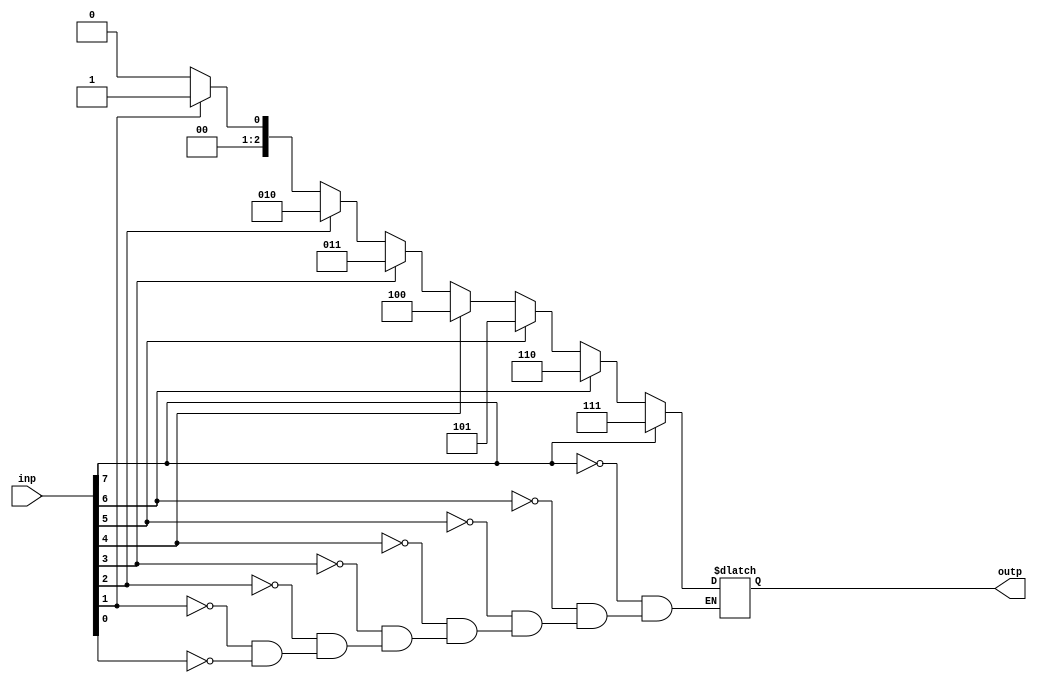
module encoder(outp,inp);
    input [7:0] inp;
    output [2:0] outp;
    reg [2:0] outp;
    integer i;
    always @(inp)
    begin
        for(i=0;i<8;i=i+1)
        begin
           if(inp[i]==1)
            begin
                outp = i;
            end
        end
      end
endmodule

module ALU(outp,A,B,opcode);
    input [2:0] opcode;
    input [3:0] A,B;
    output [3:0] outp;
    reg [3:0] outp;
    /*
     *  ctrl = 3'b000 : add
     *  ctrl = 3'b001 : sub
     *  ctrl = 3'b010 : xor
     *  ctrl = 3'b011 : or
     *  ctrl = 3'b100 : and
     *  ctrl = 3'b101 : nor
     *  ctrl = 3'b110 : nand
     *  ctrl = 3'b111 : xnor
    */
    always @(opcode or A or B)
    begin
        case(opcode)
            3'b000:
            begin
                outp = A+B;
            end
            3'b001:
            begin
                outp = A-B;
            end
            3'b010:
            begin
                outp = A^B;
            end
            3'b011:
            begin
                outp = A|B;
            end
            3'b100:
            begin
                outp = A&B;
            end
            3'b101:
            begin
                outp = ~(A|B);
            end
            3'b110:
            begin
                outp = ~(A&B);
            end
            3'b111:
            begin
                outp = ~(A^B);
            end
        endcase
    end
endmodule

module parity_gen(outp,inp);
    input [3:0] inp;
    output outp;
    assign outp = ~(inp[0]^inp[1]^inp[2]^inp[3]);
endmodule

module d_ff(outp,clk,inp,reset);
    input reset,inp,clk;
    output outp;
    reg outp;
    always @(posedge clk or negedge reset)
    begin
        if(!reset)
           outp<=1'b0;
        else
           outp<=inp;
    end
endmodule

module reg_4bit(outp,clk,inp,reset);
    input [3:0] inp;
    input clk;
    output [3:0] outp;
    input reset;
    
    generate
      genvar i;
      for(i=0;i<4;i=i+1)
      begin: reg_loop
         d_ff flp(outp[i],clk,inp[i],reset);
      end
    endgenerate
endmodule

module Pipeline(parity,alu_out,enc_out,clk,A,B,inp_code,reset);
    input reset,clk;
    input [3:0] A,B;
    input [7:0] inp_code;
    output parity;
    output [3:0] alu_out;
    output [2:0] enc_out;
    wire [3:0] aluinp1,aluinp2,parity_inp;
    wire [3:0] op_code;
    reg_4bit alusrc1(aluinp1,clk,A,reset);
    reg_4bit alusrc2(aluinp2,clk,B,reset);
    encoder enc(enc_out,inp_code);
    reg_4bit oc_reg(op_code,clk,{1'b0,enc_out},reset);
    ALU alu(alu_out,aluinp1,aluinp2,op_code[2:0]);
    reg_4bit alu_outp(parity_inp,clk,alu_out,reset);
    parity_gen pg(parity,parity_inp);
endmodule